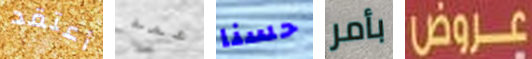
أعتقد عمه حسنا بأمر عروض